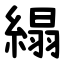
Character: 䌈